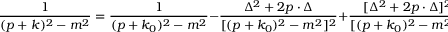
\frac { 1 } { ( p + k ) ^ { 2 } - m ^ { 2 } } = \frac { 1 } { ( p + k _ { 0 } ) ^ { 2 } - m ^ { 2 } } - \frac { \Delta ^ { 2 } + 2 p \cdot \Delta } { [ ( p + k _ { 0 } ) ^ { 2 } - m ^ { 2 } ] ^ { 2 } } + \frac { [ \Delta ^ { 2 } + 2 p \cdot \Delta ] ^ { 2 } } { [ ( p + k _ { 0 } ) ^ { 2 } - m ^ { 2 } ] ^ { 3 } } - \dots